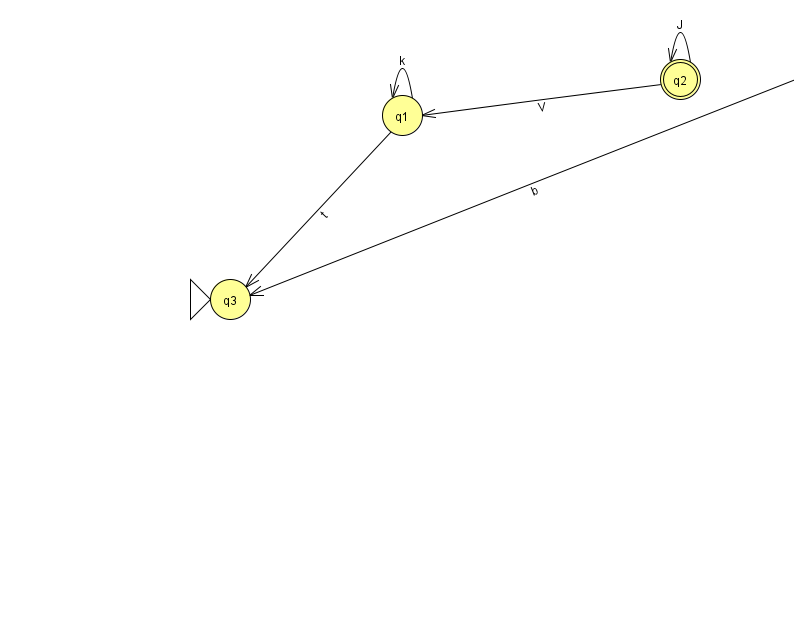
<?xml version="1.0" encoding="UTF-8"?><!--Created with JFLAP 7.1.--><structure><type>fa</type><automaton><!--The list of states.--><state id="0" name="q0"><x>830.0</x><y>50.0</y></state><state id="1" name="q1"><x>402.0</x><y>102.0</y></state><state id="2" name="q2"><x>680.0</x><y>66.0</y><final/></state><state id="3" name="q3"><x>230.0</x><y>286.0</y><initial/></state><!--The list of transitions.--><transition><from>0</from><to>3</to><read>b</read></transition><transition><from>1</from><to>3</to><read>t</read></transition><transition><from>2</from><to>2</to><read>J</read></transition><transition><from>1</from><to>1</to><read>k</read></transition><transition><from>2</from><to>1</to><read>V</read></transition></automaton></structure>